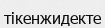
тікенжидекте